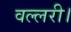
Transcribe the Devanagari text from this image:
वल्लरी।